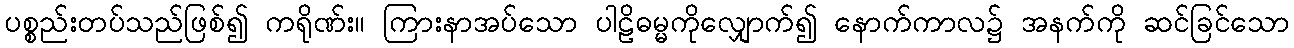
ပစ္စည်းတပ်သည်ဖြစ်၍ ကရိုဏ်း။ ကြားနာအပ်သော ပါဠိဓမ္မကိုလျှောက်၍ နောက်ကာလ၌ အနက်ကို ဆင်ခြင်သော